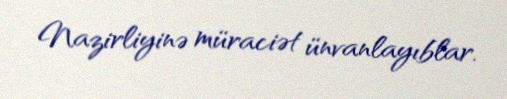
Nazirliyinə müraciət ünvanlayıblar.